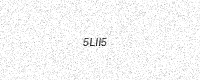
Text: 5LII5